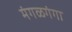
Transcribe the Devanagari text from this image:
मंगळगंगा